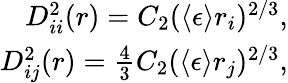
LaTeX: \begin{array}{r}{D_{ii}^{2}(r)=C_{2}(\langle\epsilon\rangle r_{i})^{2/3},}\\ {D_{ij}^{2}(r)=\frac{4}{3}C_{2}(\langle\epsilon\rangle r_{j})^{2/3},}\end{array}